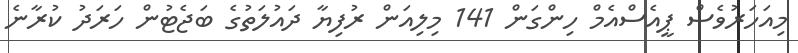
މިއަހަރުވެސް ޕީއެސްއެމް ހިންގަން 141 މިލިއަން ރުފިޔާ ދައުލަތުގެ ބަޖެޓުން ހަރަދު ކުރާނެ